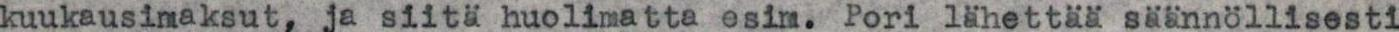
kuukausimaksut, ja siitä huolimatta esim. Pori lähettää säännöllisesti